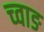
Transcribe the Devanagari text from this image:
च्वाङ